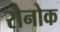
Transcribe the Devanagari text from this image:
रौनोक